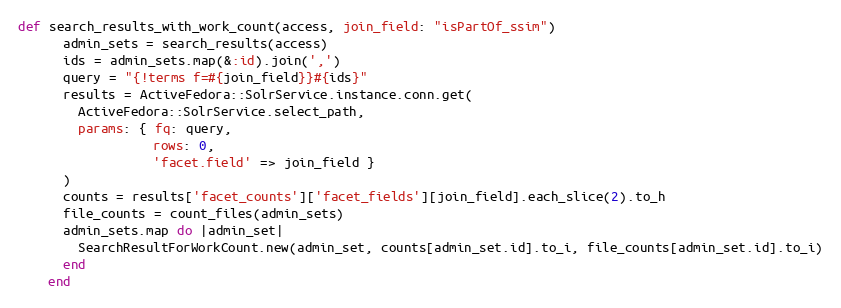
Language: Ruby
def search_results_with_work_count(access, join_field: "isPartOf_ssim")
      admin_sets = search_results(access)
      ids = admin_sets.map(&:id).join(',')
      query = "{!terms f=#{join_field}}#{ids}"
      results = ActiveFedora::SolrService.instance.conn.get(
        ActiveFedora::SolrService.select_path,
        params: { fq: query,
                  rows: 0,
                  'facet.field' => join_field }
      )
      counts = results['facet_counts']['facet_fields'][join_field].each_slice(2).to_h
      file_counts = count_files(admin_sets)
      admin_sets.map do |admin_set|
        SearchResultForWorkCount.new(admin_set, counts[admin_set.id].to_i, file_counts[admin_set.id].to_i)
      end
    end